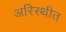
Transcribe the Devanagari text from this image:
अरिस्थीत